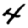
Digit: 4